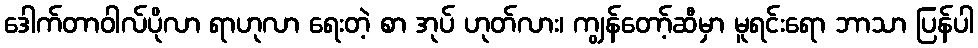
ဒေါက်တာဝါလ်ပိုလာ ရာဟုလာ ရေးတဲ့ စာ အုပ် ဟုတ်လား၊ ကျွန်တော့်ဆီမှာ မူရင်းရော ဘာသာ ပြန်ပါ